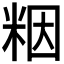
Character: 𫂾